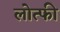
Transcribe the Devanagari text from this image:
लोत्फी